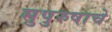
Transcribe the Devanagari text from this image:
सुपुरुषाचे